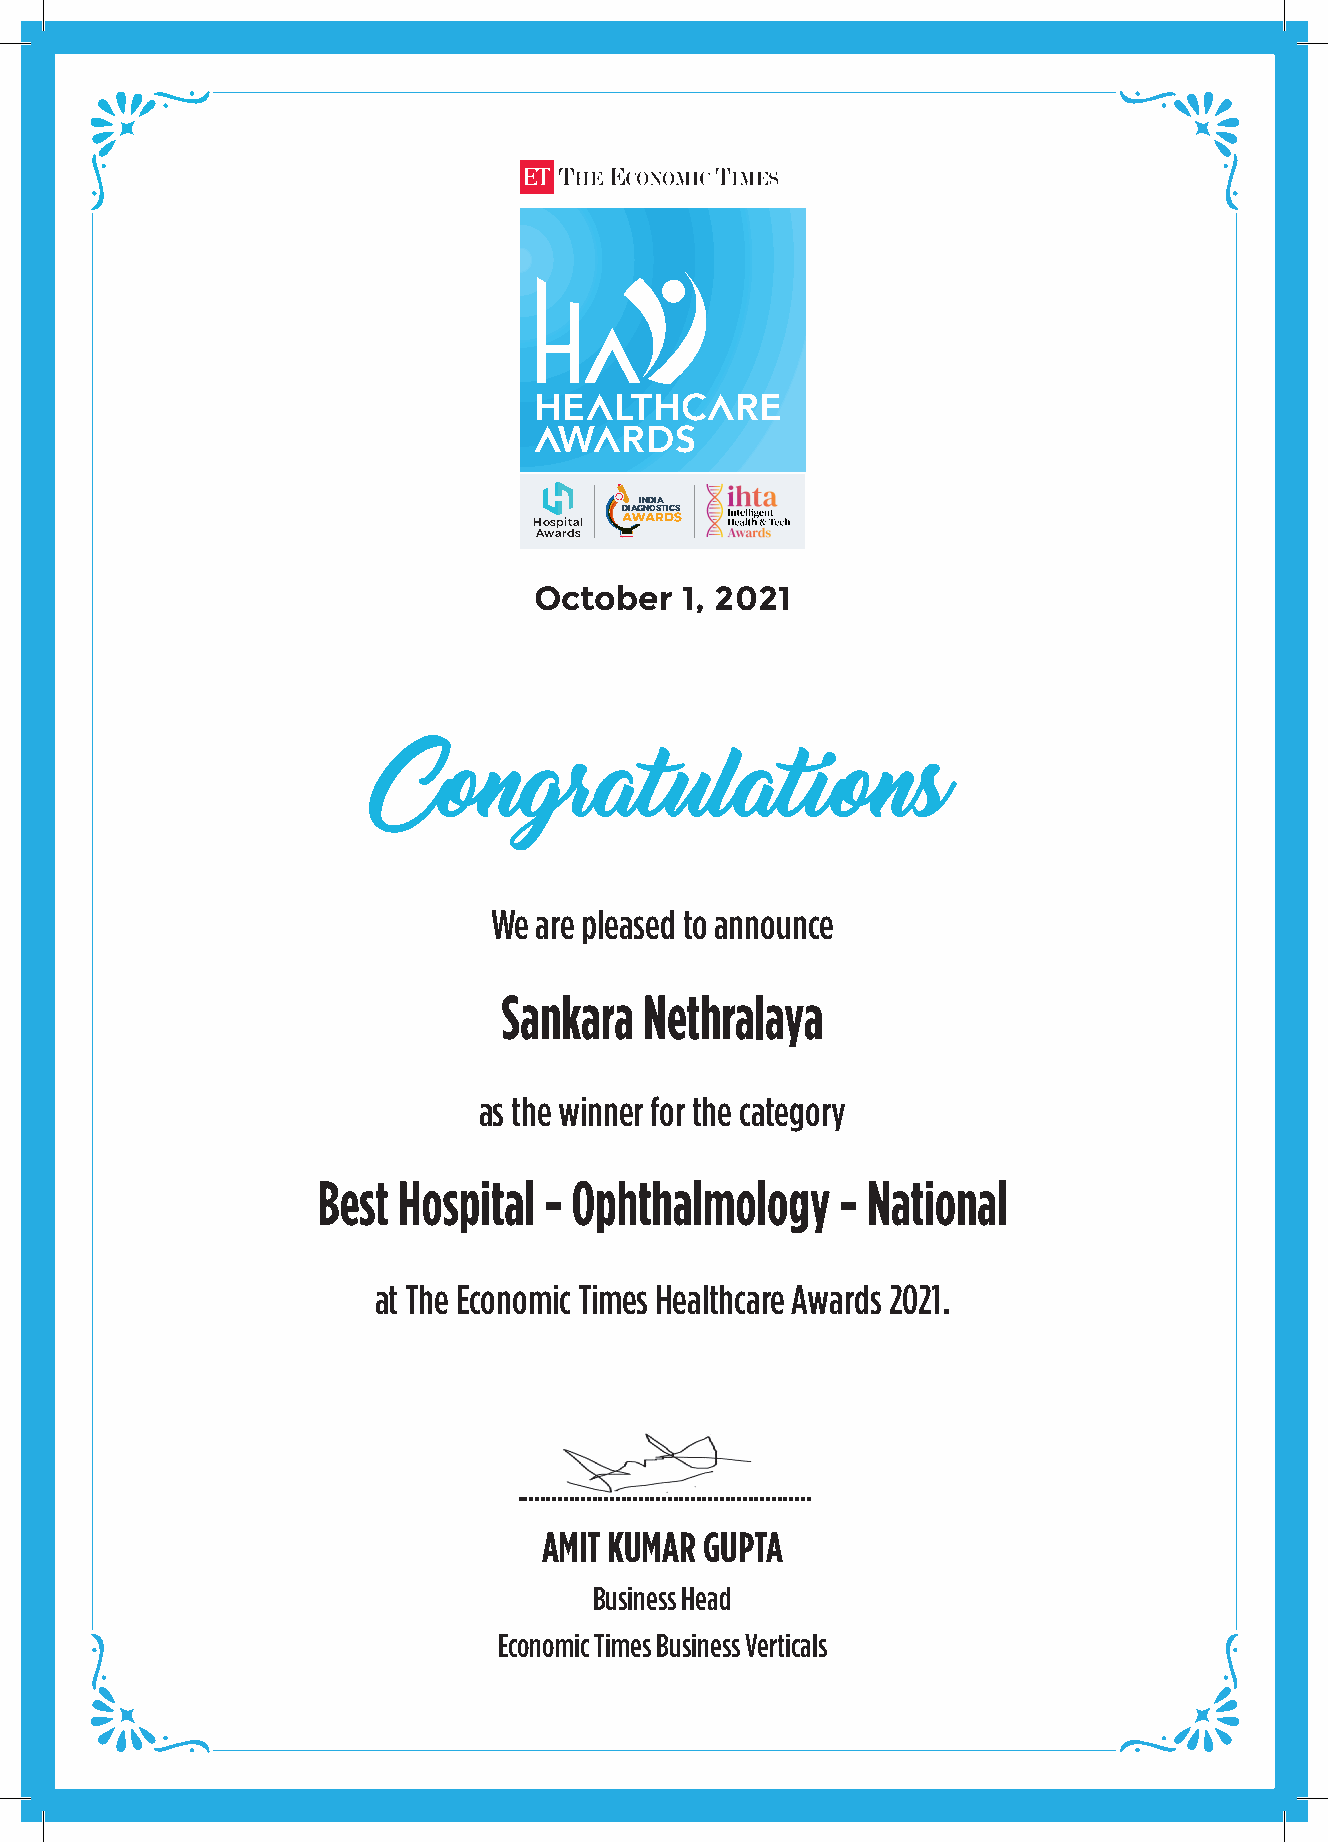
A       A
 HE    LTHC    RE
 A   A
 W   RDS
 INDIA
 DIAGNOSTICS
 Hospital
 Awards
 October   1, 2021
 Congratulations
 We are pleased to announce
 Sankara   Nethralaya
 as the winner for the category
 Best Hospital  - Ophthalmology     - National
 at The Economic Times Healthcare Awards 2021.
 ...................................................
 AMIT KUMAR GUPTA
 Business Head
 Economic Times Business Verticals